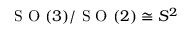
\mathrm { ~ S ~ O ~ } ( 3 ) / \mathrm { ~ S ~ O ~ } ( 2 ) \cong S ^ { 2 }